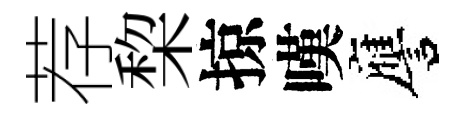
荐棃掠嘆譍